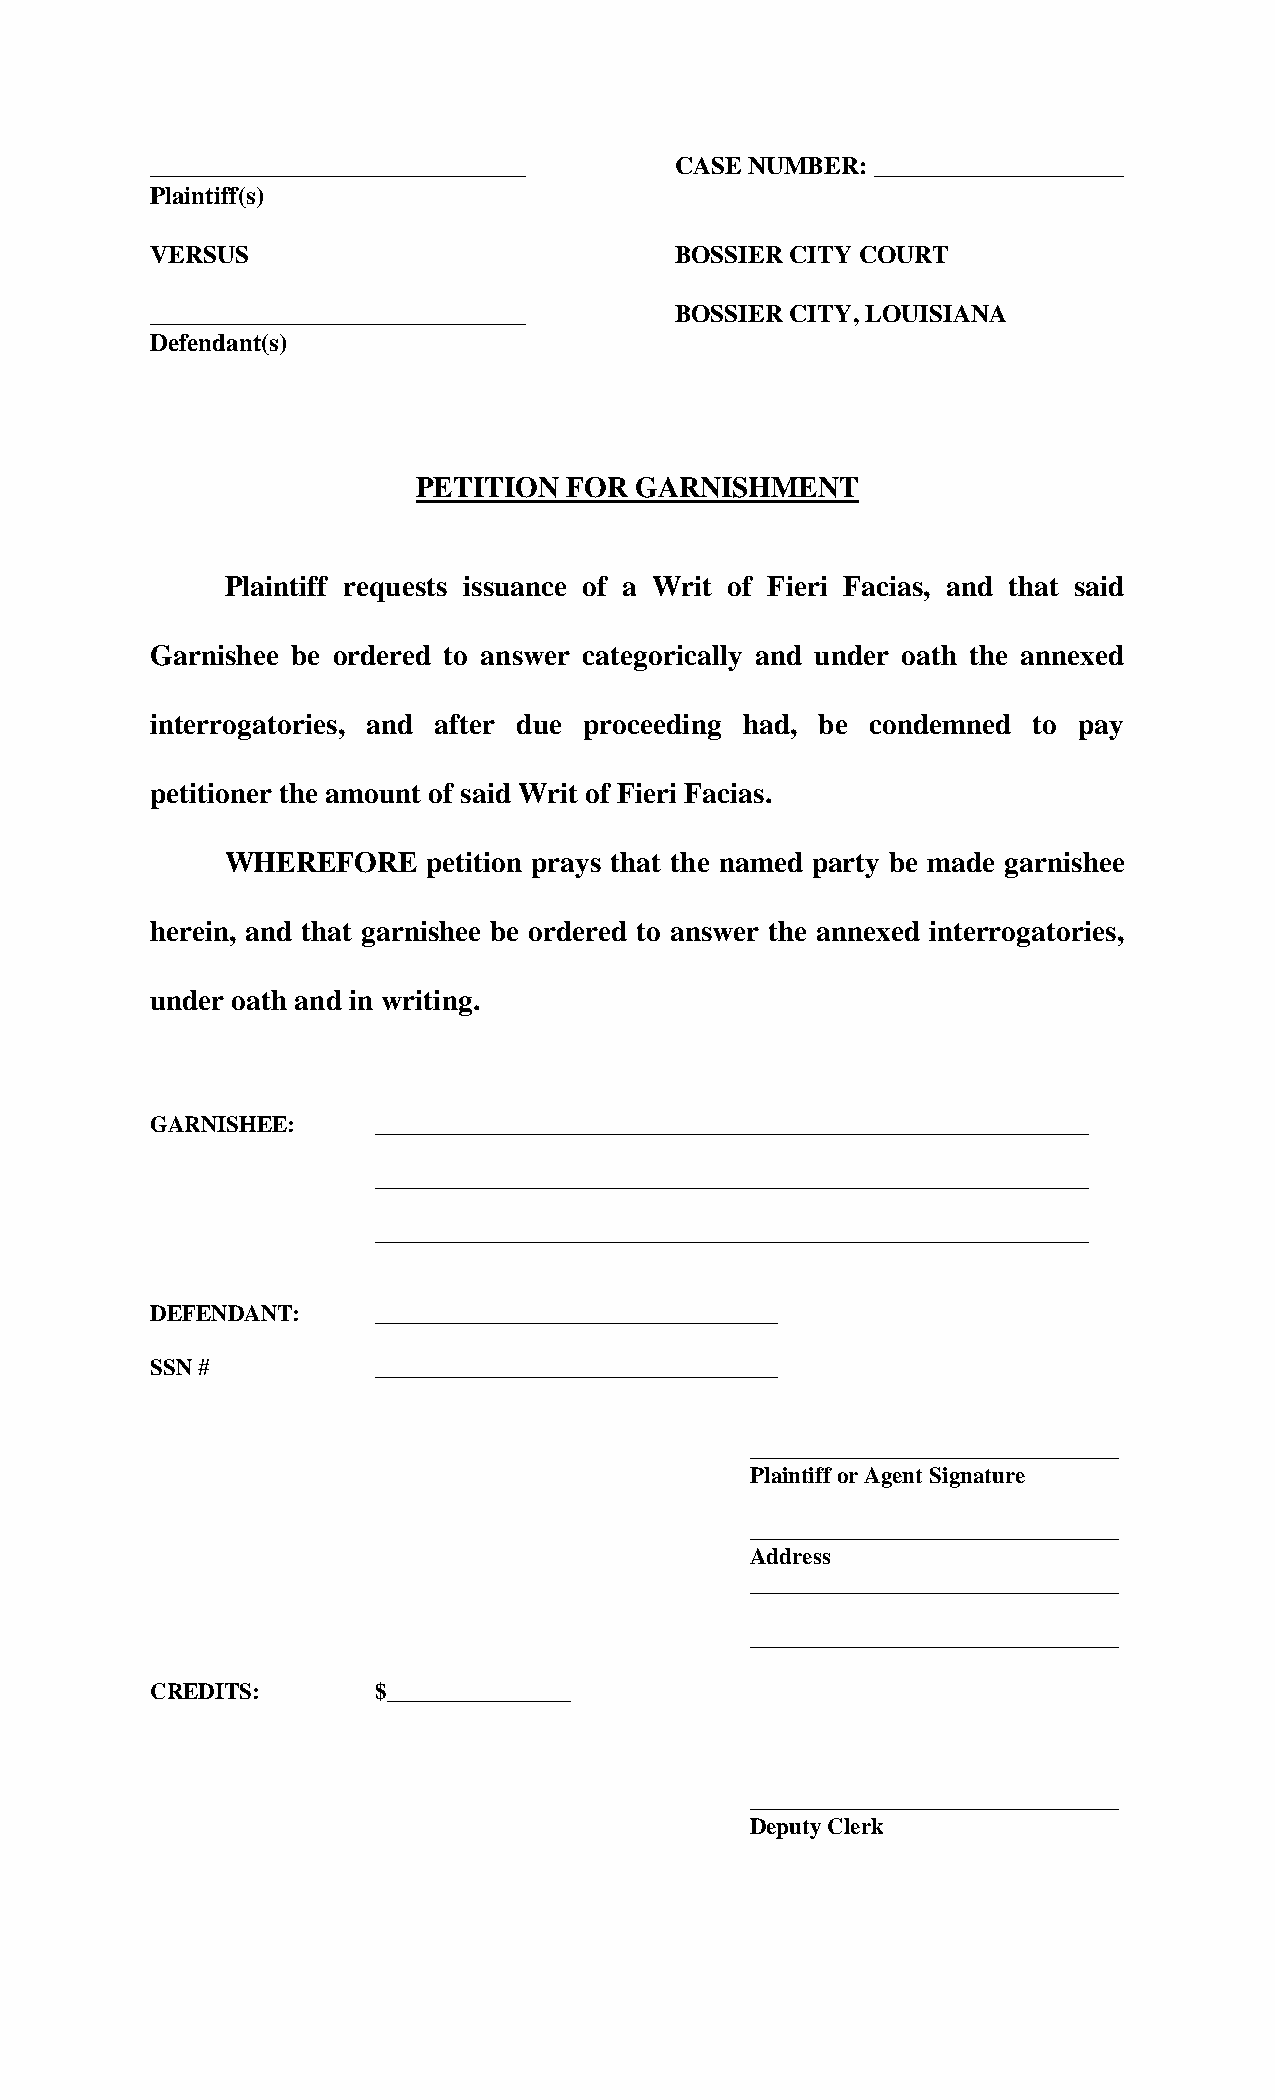
______________________________     CASE NUMBER: ____________________
 Plaintiff(s)
 VERSUS                             BOSSIER CITY COURT
 ______________________________     BOSSIER CITY, LOUISIANA
 Defendant(s)
 PETITION FOR  GARNISHMENT
 Plaintiff requests issuance of a Writ of Fieri Facias, and that said
 Garnishee be ordered to answer categorically and under oath the annexed
 interrogatories, and after due proceeding had, be condemned to pay
 petitioner the amount of said Writ of Fieri Facias.
 WHEREFORE    petition prays that the named party be made garnishee
 herein, and that garnishee be ordered to answer the annexed interrogatories,
 under oath and in writing.
 GARNISHEE:     ______________________________________________________________
 ______________________________________________________________
 ______________________________________________________________
 DEFENDANT:     ___________________________________
 SSN #          ___________________________________
 ________________________________
 Plaintiff or Agent Signature
 ________________________________
 Address
 ________________________________
 ________________________________
 CREDITS:       $________________
 ________________________________
 Deputy Clerk